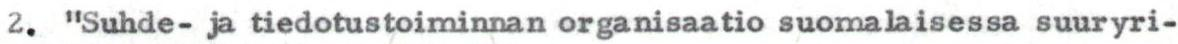
2. "Suhde- ja tiedotustoiminnan organisaatio suomalaisessa suuryri-